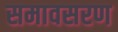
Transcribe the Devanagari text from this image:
समावसरण